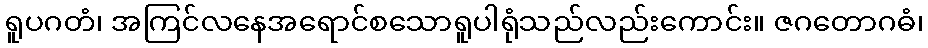
ရူပဂတံ၊ အကြင်လနေအရောင်စသောရူပါရုံသည်လည်းကောင်း။ ဇဂတောဂဓံ၊